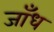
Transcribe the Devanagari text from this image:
जाँध